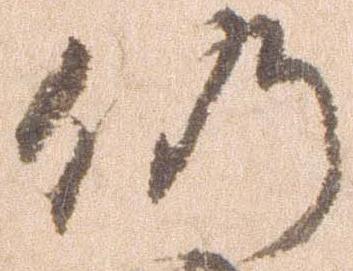
仍